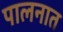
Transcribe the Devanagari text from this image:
पालनात